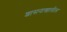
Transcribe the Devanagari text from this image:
शासनाखालील